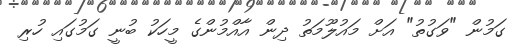
ގަމުން "ވަގުތު" އަށް މައުލޫމަތު ދިން އާއްމުންގެ މީހަކު ބުނީ ގަމުގައި ހުރި